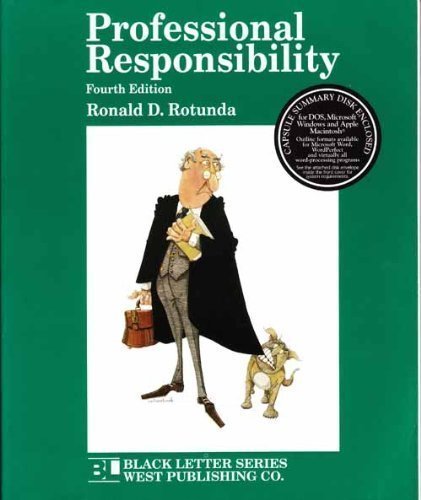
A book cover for Professional Responsibility (4th ed) (Black Letter Series); Ronald D. Rotunda; Law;